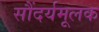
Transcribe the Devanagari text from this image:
सौंदर्यमूलक